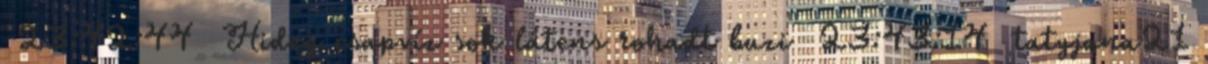
23:42:44 Hideg csapvíz sok látens rohadt buzi 23:43:14 tatyjana21